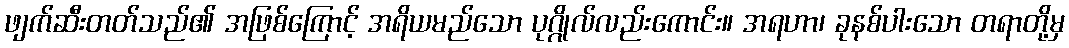
ဖျက်ဆီးတတ်သည်၏ အဖြစ်ကြောင့် အရိယမည်သော ပုဂ္ဂိုလ်လည်းကောင်း။ အရဟာ၊ ခုနစ်ပါးသော တရာတို့မှ